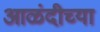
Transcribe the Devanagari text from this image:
आळंदीच्या